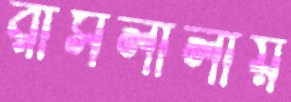
রাসলীলায়